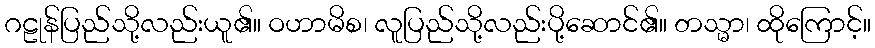
ဂဠုန်ပြည်သို့လည်းယူ၏။ ဝဟာမိစ၊ လူပြည်သို့လည်းပို့ဆောင်၏။ တသ္မာ၊ ထိုကြောင့်။